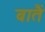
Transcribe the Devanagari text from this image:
बातैं